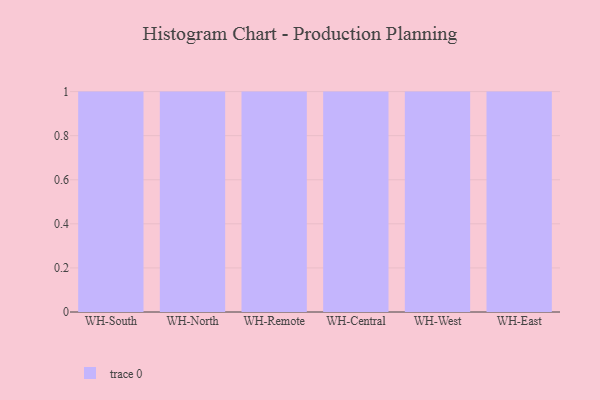
{"axis": {"x": "Warehouse", "y": "Temperature (°C)"}, "legend": [""], "data": [{"x": "WH-South", "y": 12, "type": ""}, {"x": "WH-North", "y": 69, "type": ""}, {"x": "WH-Remote", "y": 77, "type": ""}, {"x": "WH-Central", "y": 19, "type": ""}, {"x": "WH-West", "y": 18, "type": ""}, {"x": "WH-East", "y": 51, "type": ""}]}